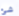
شئ